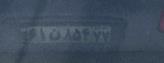
۶۱ن۸۵۴۷۷